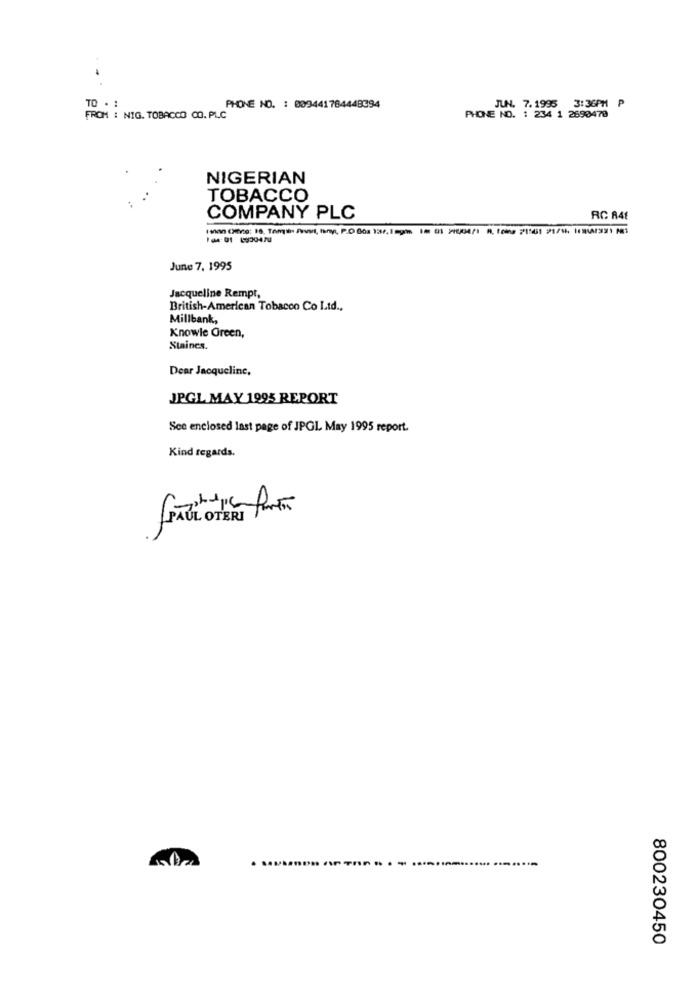
TO . :
PHONE NO. : 009441784448394
JUN. 7. 1995 3:36PM
FROM : NIG. TOBACCO CO. PLC
PHONE NO. : 234 1 2690470
NIGERIAN
TOBACCO
COMPANY PLC
RC A41
June 7, 1995
Jacqueline Rempt,
British-American Tobacco Co Ltd .,
Millbank,
Knowle Green,
Staines.
Dear Jacqueline,
JPGL MAY 1995 REPORT
Sce enclosed last page of JPGL May 1995 report.
Kind regards.
800230450